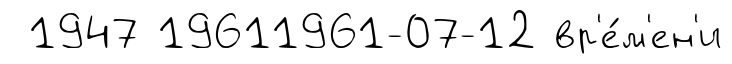
1947 19611961-07-12 вр'е́м'ен'и